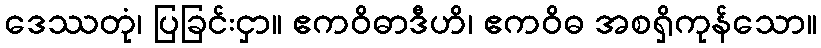
ဒေဿတုံ၊ ပြခြင်းငှာ။ ဧကဝိဓာဒီဟိ၊ ဧကဝိဓ အစရှိကုန်သော။